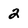
Character: 2